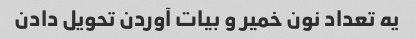
یه تعداد نون خمیر و بیات آوردن تحویل دادن